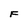
Character: F